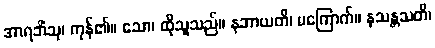
အာရဘိံသု၊ ကုန်၏။ သော၊ ထိုသူသည်။ နဘာယတိ၊ မကြောက်။ နသန္တသတိ၊